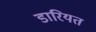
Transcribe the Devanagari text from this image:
डारियत